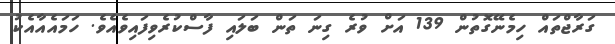
ގަރާޖްތައް ހިމެނޭގޮތުން 139 އަށް ވުރެ ގިނަ ތަން ބަލައި ފާސްކުރެވިފައިވެއެވެ. ހަމައެއާއެކު